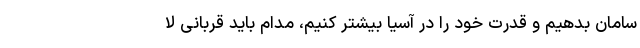
سامان بدهیم و قدرت خود را در آسیا بیشتر کنیم، مدام باید قربانی لا